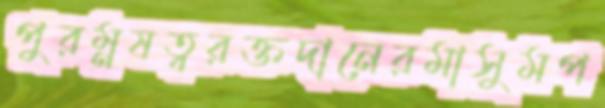
পুরম্নষত্বরক্তদানেরমাসুমপ